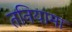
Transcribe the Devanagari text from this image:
तनियामा